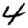
Digit: 4